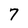
Character: 7